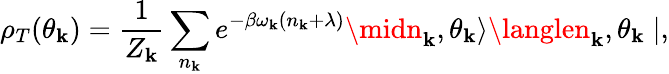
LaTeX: \rho_{T}(\theta_{\mathbf{k}})=\frac{{1}}{{Z_{\mathbf{k}}}}\sum_{n_{\mathbf{k}}}e^{-\beta\omega_{\mathbf{k}}(n_{\mathbf{k}}+\lambda)}\midn_{\mathbf{k}},\theta_{\mathbf{k}}\rangle\langlen_{\mathbf{k}},\theta_{\mathbf{k}}\mid,